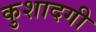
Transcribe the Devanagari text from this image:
कुशादगी